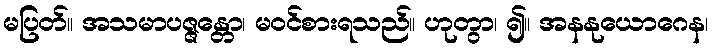
မပြတ်။ အသမာပဇ္ဇန္တော၊ မဝင်စားရသည်။ ဟုတွာ၊ ၍။ အနနုယောဂေန၊